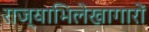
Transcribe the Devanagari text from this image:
राज्याभिलेखागारों